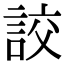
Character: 詨